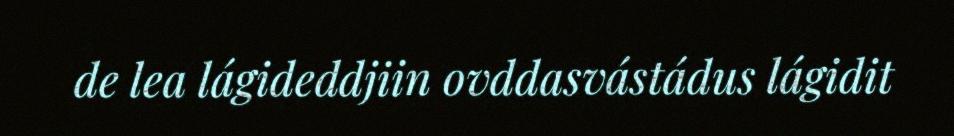
de lea lágideddjiin ovddasvástádus lágidit